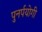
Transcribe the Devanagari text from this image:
पुनर्पयोगी